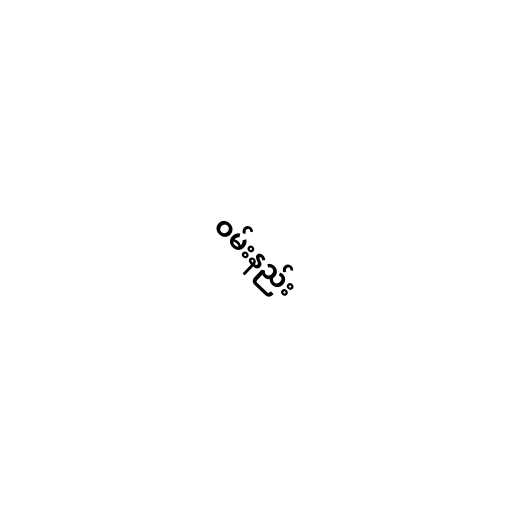
ဝမ်းနည်း